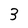
Character: 3